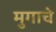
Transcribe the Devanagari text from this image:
मुगाचे